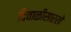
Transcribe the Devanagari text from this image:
दिवाळीसारखे